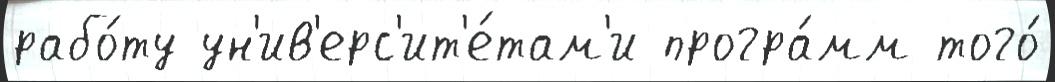
рабо́ту ун'ив'ерс'ит'е́там'и програ́мм того́